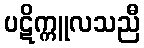
ပဋိက္ကူလသညီ